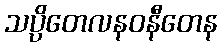
သပ္ပိတေလနဝနီတေန